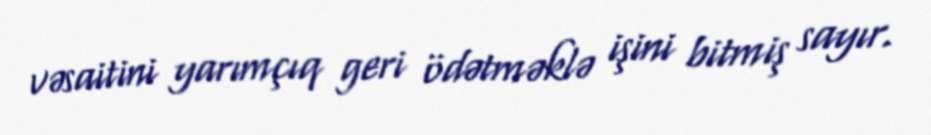
vəsaitini yarımçıq geri ödətməklə işini bitmiş sayır.